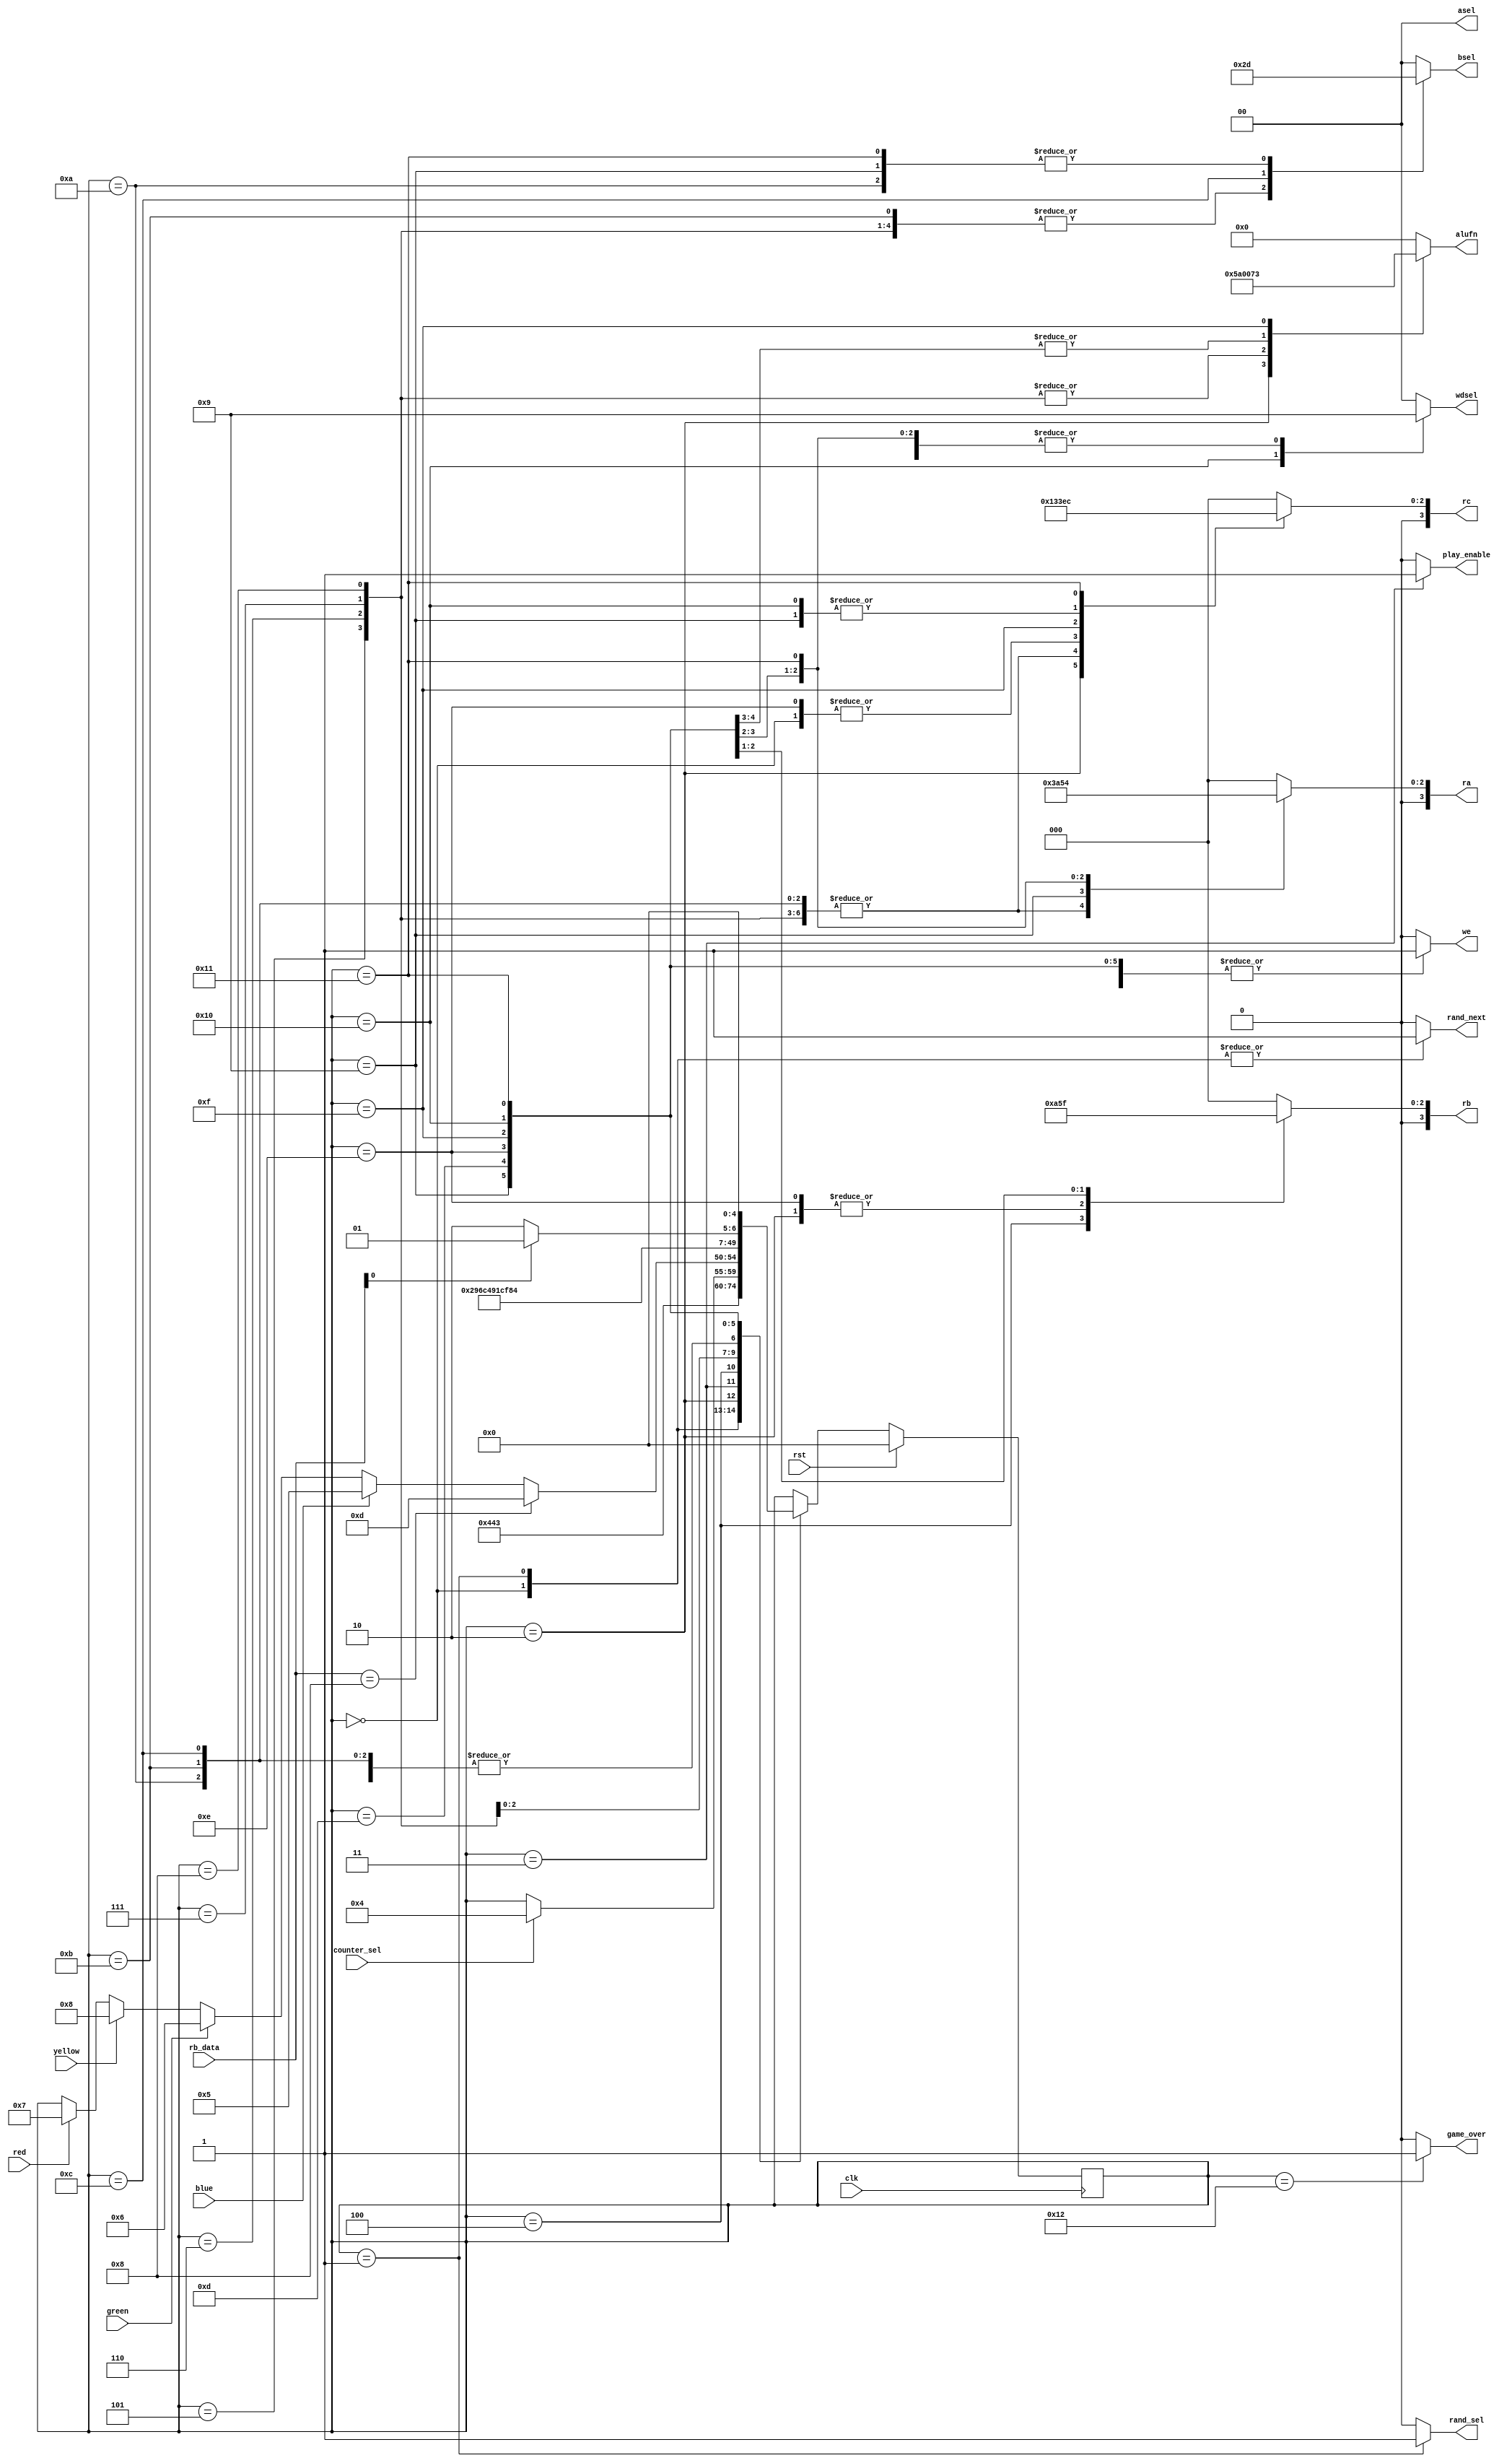
/*
   This file was generated automatically by Alchitry Labs version 1.2.1.
   Do not edit this file directly. Instead edit the original Lucid source.
   This is a temporary file and any changes made to it will be destroyed.
*/

module whale_5 (
    input clk,
    input rst,
    input [15:0] rb_data,
    input counter_sel,
    input blue,
    input green,
    input red,
    input yellow,
    output reg [5:0] alufn,
    output reg [1:0] asel,
    output reg [1:0] bsel,
    output reg we,
    output reg [3:0] ra,
    output reg [3:0] rb,
    output reg [3:0] rc,
    output reg [1:0] wdsel,
    output reg play_enable,
    output reg rand_next,
    output reg rand_sel,
    output reg game_over
  );
  
  
  
  localparam GENERATE_BUZZER_SEQUENCE_state = 5'd0;
  localparam GENERATE_LED_SEQUENCE_state = 5'd1;
  localparam GENERATE_FINAL_SEQUENCE_state = 5'd2;
  localparam PLAY_SEQUENCE_state = 5'd3;
  localparam IDLE_state = 5'd4;
  localparam BLUE_SHIFT_state = 5'd5;
  localparam GREEN_SHIFT_state = 5'd6;
  localparam RED_SHIFT_state = 5'd7;
  localparam YELLOW_SHIFT_state = 5'd8;
  localparam BUTTON_COUNTER_state = 5'd9;
  localparam GREEN_ADD_state = 5'd10;
  localparam RED_ADD_state = 5'd11;
  localparam YELLOW_ADD_state = 5'd12;
  localparam RESET_LED_SEQUENCE_state = 5'd13;
  localparam RESET_BUZZER_SEQUENCE_state = 5'd14;
  localparam COMPUTE_CORRECT_state = 5'd15;
  localparam CHECK_CORRECT_state = 5'd16;
  localparam PLAYER_SCORE_ADD_state = 5'd17;
  localparam GAME_OVER_state = 5'd18;
  
  reg [4:0] M_state_d, M_state_q = GENERATE_BUZZER_SEQUENCE_state;
  
  always @* begin
    M_state_d = M_state_q;
    
    alufn = 1'h0;
    asel = 1'h0;
    bsel = 1'h0;
    we = 1'h0;
    ra = 1'h0;
    rb = 1'h0;
    rc = 1'h0;
    wdsel = 1'h0;
    play_enable = 1'h0;
    rand_sel = 1'h0;
    rand_next = 1'h0;
    game_over = 1'h0;
    
    case (M_state_q)
      GENERATE_BUZZER_SEQUENCE_state: begin
        we = 1'h1;
        rc = 1'h1;
        wdsel = 1'h0;
        rand_sel = 1'h0;
        rand_next = 1'h1;
        M_state_d = GENERATE_LED_SEQUENCE_state;
      end
      GENERATE_LED_SEQUENCE_state: begin
        we = 1'h1;
        rc = 1'h0;
        wdsel = 1'h0;
        rand_sel = 1'h1;
        rand_next = 1'h1;
        M_state_d = GENERATE_FINAL_SEQUENCE_state;
      end
      GENERATE_FINAL_SEQUENCE_state: begin
        alufn = 6'h16;
        asel = 1'h0;
        bsel = 1'h0;
        we = 1'h1;
        ra = 1'h0;
        rb = 1'h1;
        rc = 2'h2;
        wdsel = 1'h1;
        M_state_d = PLAY_SEQUENCE_state;
      end
      PLAY_SEQUENCE_state: begin
        we = 1'h0;
        play_enable = 1'h1;
        if (counter_sel) begin
          M_state_d = IDLE_state;
        end
      end
      IDLE_state: begin
        if (blue == 1'h1) begin
          M_state_d = BLUE_SHIFT_state;
        end else begin
          if (green == 1'h1) begin
            M_state_d = GREEN_SHIFT_state;
          end else begin
            if (yellow == 1'h1) begin
              M_state_d = YELLOW_SHIFT_state;
            end else begin
              if (red == 1'h1) begin
                M_state_d = RED_SHIFT_state;
              end
            end
          end
        end
        rb = 3'h5;
        if (rb_data == 4'h8) begin
          M_state_d = RESET_LED_SEQUENCE_state;
        end
      end
      BLUE_SHIFT_state: begin
        alufn = 6'h20;
        asel = 1'h0;
        bsel = 2'h2;
        we = 1'h1;
        ra = 2'h3;
        rc = 2'h3;
        wdsel = 2'h1;
        M_state_d = BUTTON_COUNTER_state;
      end
      GREEN_SHIFT_state: begin
        alufn = 6'h20;
        asel = 1'h0;
        bsel = 2'h2;
        we = 1'h1;
        ra = 2'h3;
        rc = 2'h3;
        wdsel = 2'h1;
        M_state_d = GREEN_ADD_state;
      end
      RED_SHIFT_state: begin
        alufn = 6'h20;
        asel = 1'h0;
        bsel = 2'h2;
        we = 1'h1;
        ra = 2'h3;
        rc = 2'h3;
        wdsel = 2'h1;
        M_state_d = RED_ADD_state;
      end
      YELLOW_SHIFT_state: begin
        alufn = 6'h20;
        asel = 1'h0;
        bsel = 2'h2;
        we = 1'h1;
        ra = 2'h3;
        rc = 2'h3;
        wdsel = 2'h1;
        M_state_d = YELLOW_ADD_state;
      end
      GREEN_ADD_state: begin
        alufn = 1'h0;
        asel = 1'h0;
        bsel = 2'h1;
        we = 1'h1;
        ra = 2'h3;
        rc = 2'h3;
        wdsel = 2'h1;
        M_state_d = BUTTON_COUNTER_state;
      end
      RED_ADD_state: begin
        alufn = 1'h0;
        asel = 1'h0;
        bsel = 2'h2;
        we = 1'h1;
        ra = 2'h3;
        rc = 2'h3;
        wdsel = 2'h1;
        M_state_d = BUTTON_COUNTER_state;
      end
      YELLOW_ADD_state: begin
        alufn = 1'h0;
        asel = 1'h0;
        bsel = 2'h3;
        we = 1'h1;
        ra = 2'h3;
        rc = 2'h3;
        wdsel = 2'h1;
        M_state_d = BUTTON_COUNTER_state;
      end
      BUTTON_COUNTER_state: begin
        alufn = 1'h0;
        asel = 1'h0;
        bsel = 1'h1;
        we = 1'h1;
        ra = 3'h5;
        rc = 3'h5;
        wdsel = 2'h1;
        M_state_d = IDLE_state;
      end
      RESET_LED_SEQUENCE_state: begin
        alufn = 1'h1;
        asel = 1'h0;
        bsel = 1'h0;
        we = 1'h1;
        ra = 1'h0;
        rb = 1'h0;
        rc = 1'h0;
        wdsel = 2'h1;
        M_state_d = RESET_BUZZER_SEQUENCE_state;
      end
      RESET_BUZZER_SEQUENCE_state: begin
        alufn = 1'h1;
        asel = 1'h0;
        bsel = 1'h0;
        we = 1'h1;
        ra = 1'h1;
        rb = 1'h1;
        rc = 1'h1;
        wdsel = 2'h1;
        M_state_d = COMPUTE_CORRECT_state;
      end
      COMPUTE_CORRECT_state: begin
        alufn = 8'h33;
        asel = 1'h0;
        bsel = 1'h0;
        we = 1'h1;
        ra = 2'h2;
        rb = 2'h3;
        rc = 3'h7;
        wdsel = 2'h1;
        M_state_d = CHECK_CORRECT_state;
      end
      CHECK_CORRECT_state: begin
        rb = 3'h7;
        rc = 3'h5;
        we = 1'h1;
        wdsel = 2'h2;
        if (rb_data[0+0-:1]) begin
          M_state_d = PLAYER_SCORE_ADD_state;
        end else begin
          M_state_d = GAME_OVER_state;
        end
      end
      PLAYER_SCORE_ADD_state: begin
        alufn = 1'h0;
        asel = 1'h0;
        bsel = 1'h1;
        ra = 3'h4;
        rc = 3'h4;
        we = 1'h1;
        wdsel = 1'h1;
        M_state_d = GENERATE_BUZZER_SEQUENCE_state;
      end
      GAME_OVER_state: begin
        game_over = 1'h1;
        if (rst) begin
          M_state_d = GENERATE_BUZZER_SEQUENCE_state;
        end
      end
    endcase
  end
  
  always @(posedge clk) begin
    if (rst == 1'b1) begin
      M_state_q <= 1'h0;
    end else begin
      M_state_q <= M_state_d;
    end
  end
  
endmodule